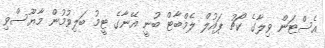
އެސްޓަން ވިލާގެ ކޯޗު ޕައުލް ލެމްބާޓް ބުނީ އޭނާގެ ޓީމު ބަލިވުމުން މާޔޫސްވި